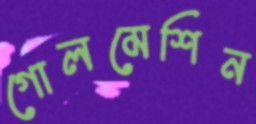
গোলমেশিন